Leningradi_Edasi_toimetus, lk 163
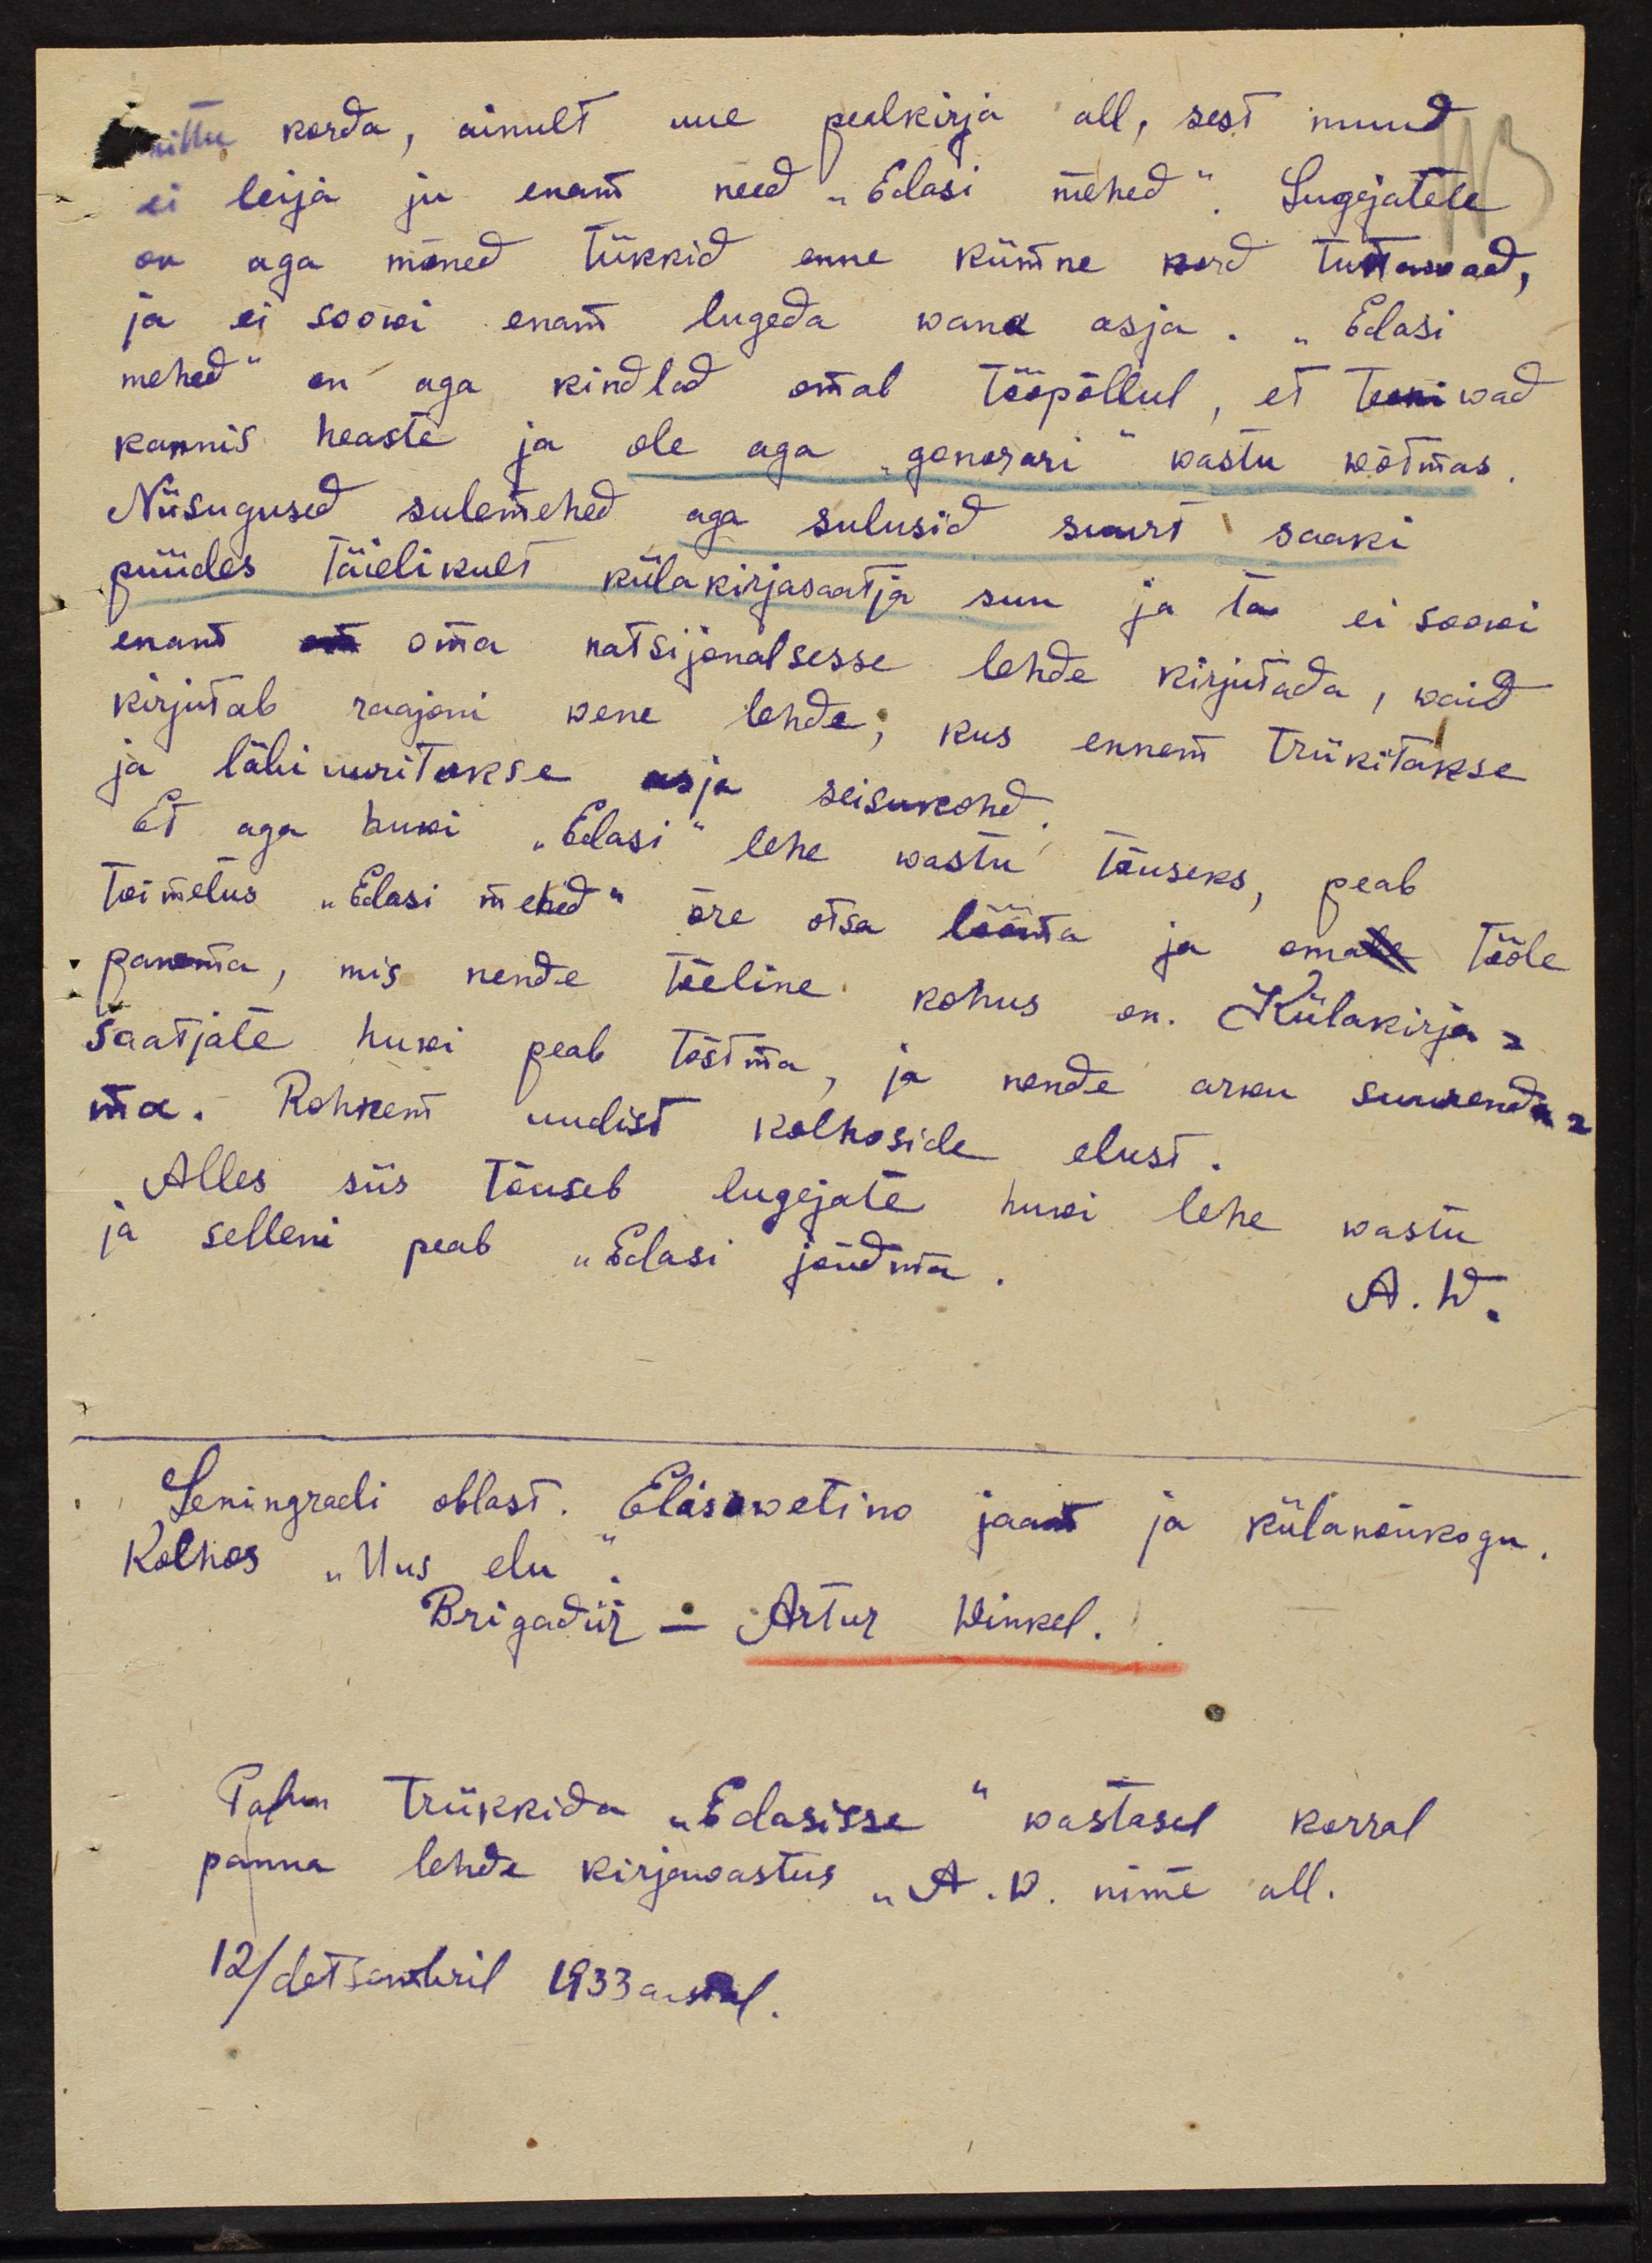
mittu korda, ainult uue pealkirja all, sest muud
ei leija ju enam need "Edasi mehed". Lugejatele
on aga mõned tükkid enne kümne kord tuttawad,
ja ei soowi enam lugeda wana asja. "Edasi
mehed" on aga kindlad omal tööpõllul, et teeniwad
kaunis heaste ja ole aga "gonorari" wastu wõtmas
Niisugused sulemehed aga sulusid suurt saaki
püüdes täielikult külakirjasaatja suu ja ta ei soowi
enam on oma natsijanalsesse lehde kirjutada, waid
kirjutab raajoni wene lehde, kus ennem trükitakse
ja läbi uuritakse asja seisukord.
Et aga huwi "Edasi" lehe wastu tõuseks, peab
toimetus "Edasi mehed" õre otsa lööma ja omale tööle
panema, mis nende tõeline kohus on. Külakirja-
saatjate huwi peab tõstma, ja nende arwu suurenda-
ma. Rohkem uudist kolhoside elust.
Alles siis tõuseb lugejate huvi lehe wastu
ja selleni peab "Edasi" jõudma.
A. W.
Leningradi oblast. Elisawetino jaam ja külanõukogu.
Kolhoos "Uus elu
Brigadiir - Artur Winkel.
Palun trükkida "Edasisse" wastasel korral
panna lehde kirjawastus "A. W. nime all.
12/detsembril 1933 aastal.